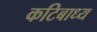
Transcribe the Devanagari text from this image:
कटिबाध्य